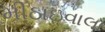
મીઠાઇવાલા